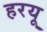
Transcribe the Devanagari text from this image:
हरयू